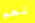
نعم